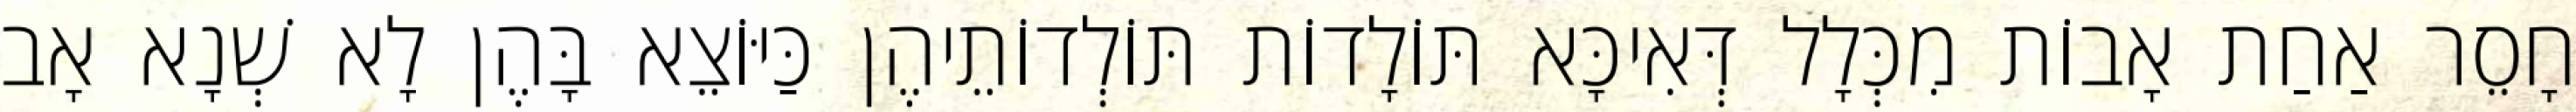
חָסֵר אַחַת אָבוֹת מִכְּלָל דְּאִיכָּא תּוֹלָדוֹת תּוֹלְדוֹתֵיהֶן כַּיּוֹצֵא בָּהֶן לָא שְׁנָא אָב